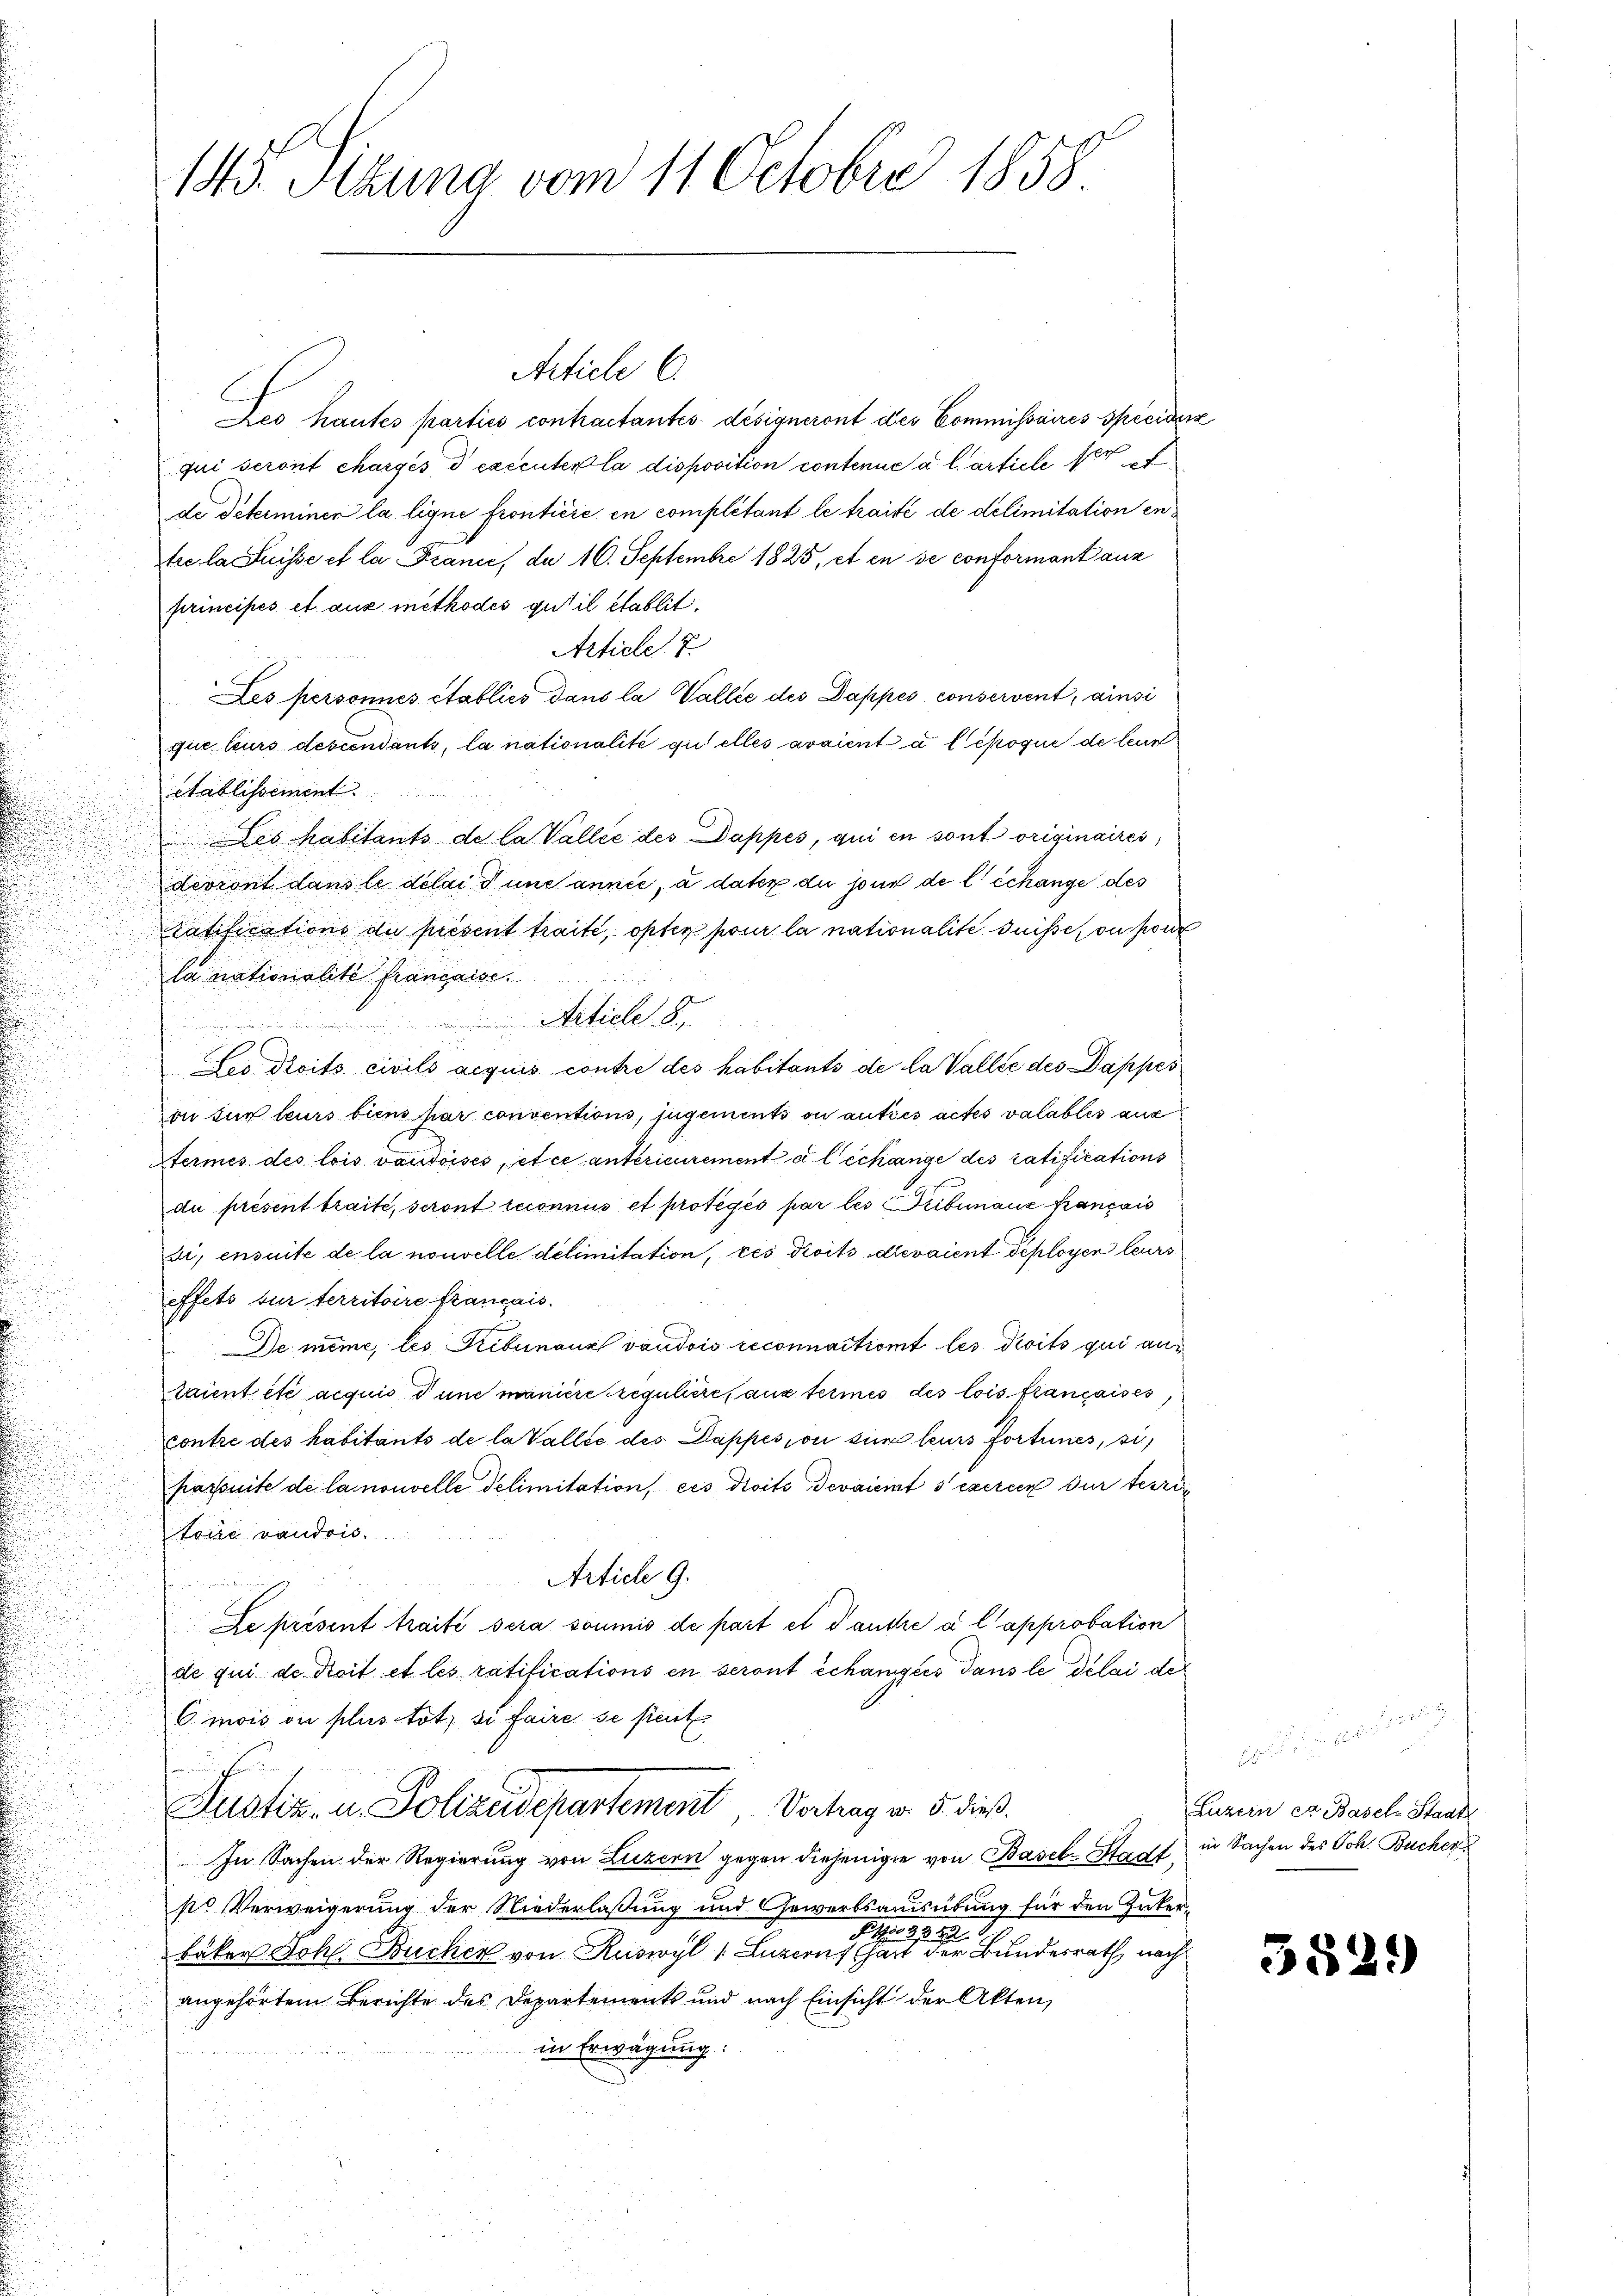
145. Sizung vom 11. Octobre 1858.

Des hautes parties contractantes désigneront des Commissaires spécidenz
qui seront chargés d exécuter la disposition contenue a l article per
de Peterminen la liqui fronticié en complétant le traité de delimitation enstre la Suisse et la France, da 16. Septembre 1825, et en se conformant aus
principés et aus methodes gut il établit.
Article 7
Les personnes établies dans la Vallée des Dappes, conservent, ainsi
que leurs descendants, la nationalité qui elles avaient a l époque de leur
Stablissement
Les habitants de la Vallee des Dappes, qui en sont originaires,
devront dans le delaid und année, à dater du jour de l’échange des
ratifications du présent traite, opter pour la nationalite Suisse, ou sur
la nationalité française.
Article 8,
.
Les droits civils acquis contre des habitants de la Valle des Dappes
von für leurs biens par conventions, jugements ou autres actes valables aus
Hermes des lois vaudoises et ce anterieurement à l’échange des ratifications
du présent traite, seront reconnus et protegés par les Tribunaux français
si, ensuite de la nouvelle délimitation, ces droits devaient déployer leurs
effets sur territoire français.
De même, les Tribunaux vaudois reconnaitront les droits qui aus
raient été acquis d’une manicie regulière, aus termes des lois françaises,
Contre des habitants de la Valle des Dappes, ou sur leurs fortunes, si,
passuite de la nouvelle delimitation, ces droits devaient s’exercen der terri
toire vaudois.
Artich 9.
  habenden
Le présent traité sera soumis de part et dancke a l approbation
de qui der Koit et les ratifications en seront échaniges dans le délai des
C mois ou plus tot, si faire se peut
fchen
Justiz- u. Polizeidepartement, Vorlag v. 5. dieß.
In Sachen der Regierung von Luzern gegen diejenigen von Basel-Stadt in Sachen des Joh. Bucher
sr Verweigerung der Niederlaßung und Gewerbsausübung für den Zuker¬
M 1890
bäker Joh. Bucher von Ruswyl 1 Luzern hat der Bundesrath, nach
angehörtem Berichte des Departements und nach Einsicht der Akten,
in Erwägung:

Article C

Luzern er Basel-Staat

559

)